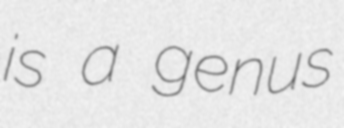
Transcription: is a genus